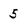
Character: 5